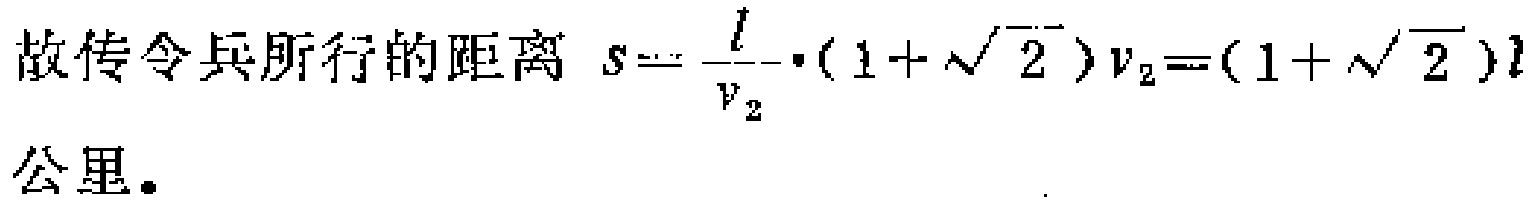
故传令兵所行的距离 \(s = \frac{l}{v_{2}}\cdot(1 + \sqrt{2})v_{2}=(1 + \sqrt{2})l\) 公里。